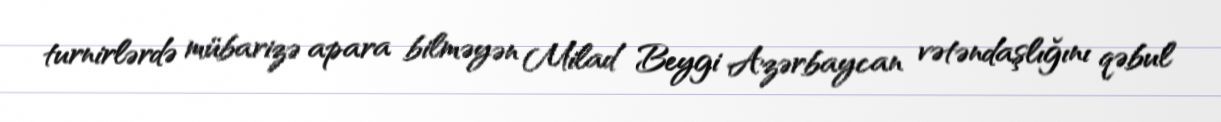
turnirlərdə mübarizə apara bilməyən Milad Beygi Azərbaycan vətəndaşlığını qəbul